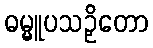
ဓမ္မူပသဉှိတော